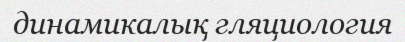
динамикалық гляциология